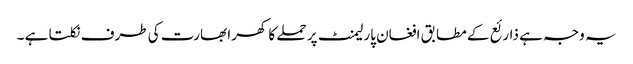
یہ وجہ ہے ذارئع کے مطابق افغان پارلیمنٹ پر حملے کا کھرا بھارت کی طرف نکلتا ہے ۔